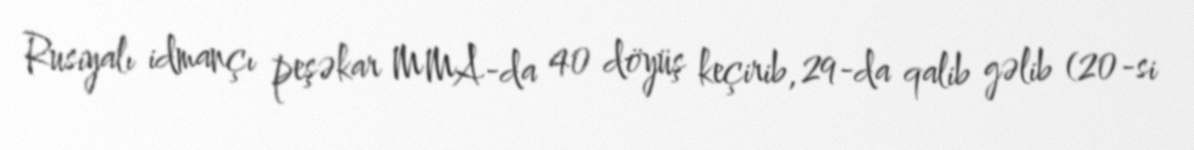
Rusiyalı idmançı peşəkar MMA-da 40 döyüş keçirib, 29-da qalib gəlib (20-si